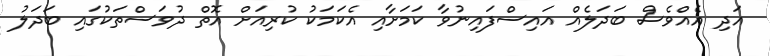
އަދި އެއްވެސް ބަދަލެއް އައިސްފައިނުވާ ކަމަށާއި އެކަމަކު ކުރިއަށް އޮތް ދުވަސްތަކުގައި ބަދަލު